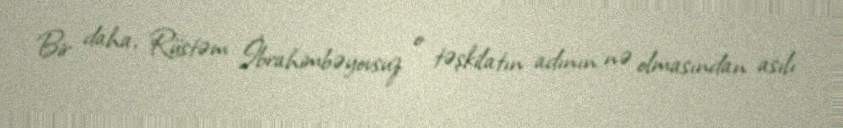
Bir daha, Rüstəm İbrahimbəyovsuz o təşkilatın adının nə olmasından asılı